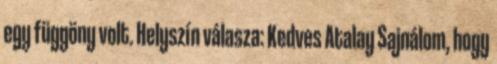
egy függöny volt. Helyszín válasza: Kedves Atalay Sajnálom, hogy